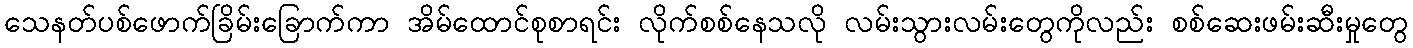
သေနတ်ပစ်ဖောက်ခြိမ်းခြောက်ကာ အိမ်ထောင်စုစာရင်း လိုက်စစ်နေသလို လမ်းသွားလမ်းတွေကိုလည်း စစ်ဆေးဖမ်းဆီးမှုတွေ